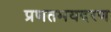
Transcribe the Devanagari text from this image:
प्रणतभयदरण